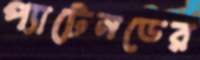
প্যাটেনডের